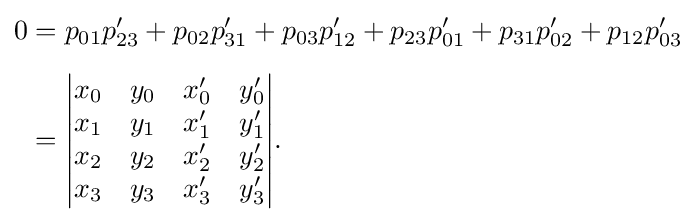
{\begin{aligned}0&=p_{01}p'_{23}+p_{02}p'_{31}+p_{03}p'_{12}+p_{23}p'_{01}+p_{31}p'_{02}+p_{12}p'_{03}\\[5pt]&={\begin{vmatrix}x_{0}&y_{0}&x'_{0}&y'_{0}\\x_{1}&y_{1}&x'_{1}&y'_{1}\\x_{2}&y_{2}&x'_{2}&y'_{2}\\x_{3}&y_{3}&x'_{3}&y'_{3}\end{vmatrix}}.\end{aligned}}